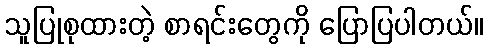
သူပြုစုထားတဲ့ စာရင်းတွေကို ပြောပြပါတယ်။